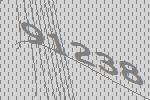
91238